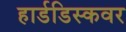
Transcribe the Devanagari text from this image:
हार्डडिस्कवर